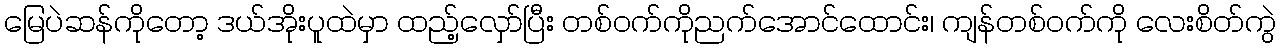
မြေပဲဆန်ကိုတော့ ဒယ်အိုးပူထဲမှာ ထည့်လှော်ပြီး တစ်ဝက်ကိုညက်အောင်ထောင်း၊ ကျန်တစ်ဝက်ကို လေးစိတ်ကွဲ